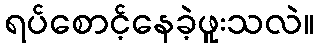
ရပ်စောင့်နေခဲ့ဖူးသလဲ။